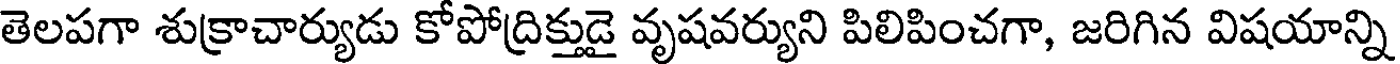
తెలపగా శుక్రాచార్యుడు కోపోద్రిక్తుడై వృషవర్యుని పిలిపించగా, జరిగిన విషయాన్ని